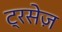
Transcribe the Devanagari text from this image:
ट्रसेज़